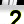
Digit: 2